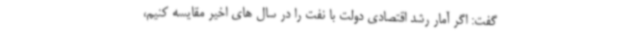
گفت: اگر آمار رشد اقتصادی دولت با نفت را در سال های اخیر مقایسه کنیم،